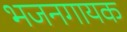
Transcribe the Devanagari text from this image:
भजनगायक